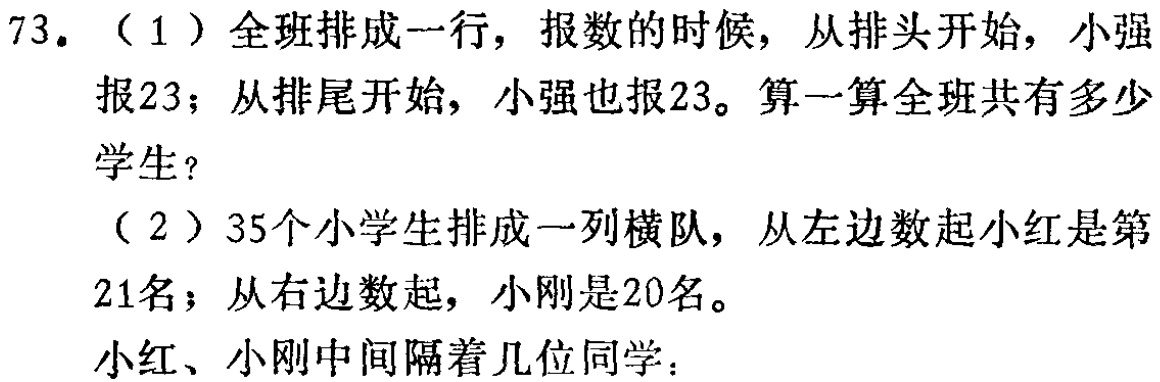
73. （1）全班排成一行，报数的时候，从排头开始，小强报23；从排尾开始，小强也报23。算一算全班共有多少学生？

（2）35个小学生排成一列横队，从左边数起小红是第21名；从右边数起，小刚是20名。

小红、小刚中间隔着几位同学：